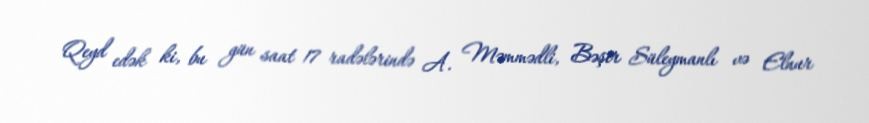
Qeyd edək ki, bu gün saat 17 radələrində A. Məmmədli, Bəşir Süleymanlı və Elnur